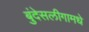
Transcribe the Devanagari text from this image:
बुंदेसलीगामधे